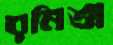
রনিতা